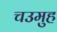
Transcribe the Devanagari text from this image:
चउमुह